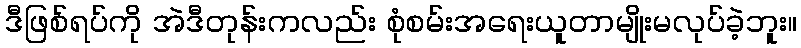
ဒီဖြစ်ရပ်ကို အဲဒီတုန်းကလည်း စုံစမ်းအရေးယူတာမျိုးမလုပ်ခဲ့ဘူး။